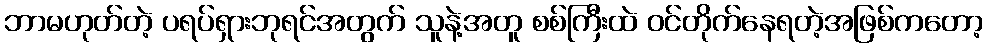
ဘာမဟုတ်တဲ့ ပရပ်ရှားဘုရင်အတွက် သူနဲ့အတူ စစ်ကြီးထဲ ဝင်တိုက်နေရတဲ့အဖြစ်ကတော့